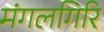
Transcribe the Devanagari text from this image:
मंगलगिरि